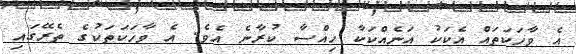
އެ ވާހަކަތައް އެކަކު އަނެއްކަކާ ހިއްސާ ކުރާނެ އެވެ. އެ ވާހަކަތަކުގެ ތެރޭގައި